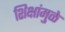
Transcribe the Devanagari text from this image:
शिक्षांमुळे